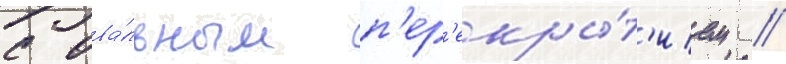
с ова́льным п'ер'екры́т'ием //